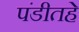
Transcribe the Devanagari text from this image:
पंडीतहे